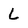
Character: L